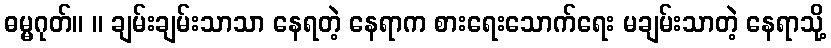
ဓမ္မဂုတ်။ ။ ချမ်းချမ်းသာသာ နေရတဲ့ နေရာက စားရေးသောက်ရေး မချမ်းသာတဲ့ နေရာသို့